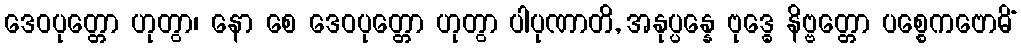
ဒေဝပုတ္တော ဟုတွာ၊ နော စေ ဒေဝပုတ္တော ဟုတွာ ပါပုဏာတိ, အနုပ္ပန္နေ ဗုဒ္ဓေ နိဗ္ဗတ္တော ပစ္စေကဗောဓိံ